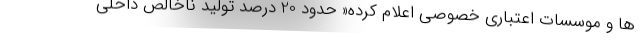
ها و موسسات اعتباری خصوصی اعلام کرده« حدود 20 درصد تولید ناخالص داخلی